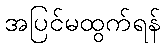
အပြင်မထွက်ရန်